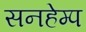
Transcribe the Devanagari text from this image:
सनहेम्प